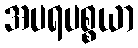
အပရပစ္စယာ